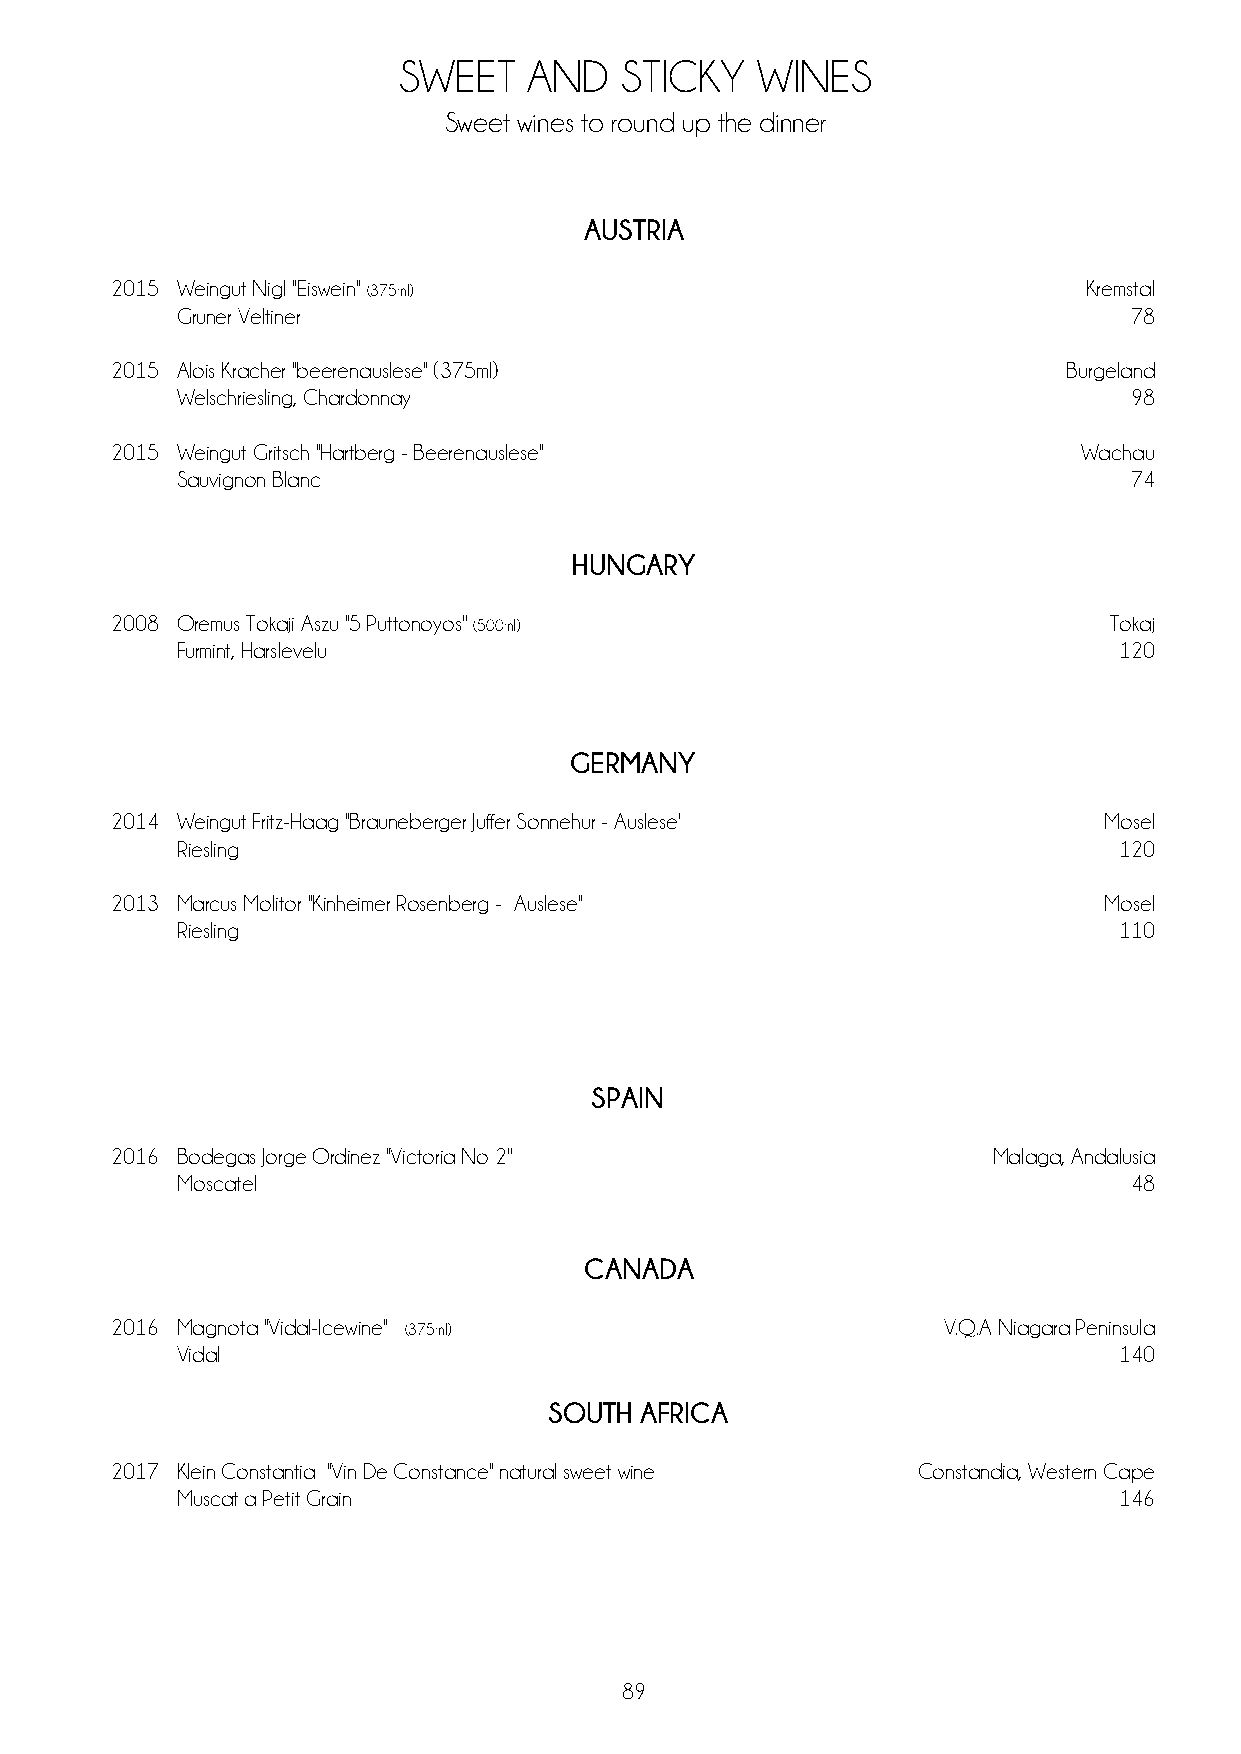
SWEET    AND   STICKY   WINES
 Sweet wines to round up the dinner
 AUSTRIA
 2015 Weingut Nigl "Eiswein" (375ml)                              Kremstal
 Gruner Veltiner                                                78
 2015 Alois Kracher ''beerenauslese'' (375ml)                    Burgeland
 Welschriesling, Chardonnay                                     98
 2015 Weingut Gritsch ''Hartberg - Beerenauslese''                Wachau
 Sauvignon Blanc                                                74
 HUNGARY
 2008 Oremus Tokaji Aszu ''5 Puttonoyos'' (500ml)                  Tokaj
 Furmint, Harslevelu                                           120
 GERMANY
 2014 Weingut Fritz-Haag ''Brauneberger Juffer Sonnehur - Auslese'' Mosel
 Riesling                                                      120
 2013 Marcus Molitor ''Kinheimer Rosenberg - Auslese''             Mosel
 Riesling                                                      110
 SPAIN
 2016 Bodegas Jorge Ordinez ''Victoria No 2''               Malaga, Andalusia
 Moscatel                                                       48
 CANADA
 2016 Magnota ''Vidal-Icewine'' (375ml)                 V.Q.A Niagara Peninsula
 Vidal                                                         140
 SOUTH AFRICA
 2017 Klein Constantia ''Vin De Constance'' natural sweet wine Constandia, Western Cape
 Muscat a Petit Grain                                          146
 89